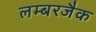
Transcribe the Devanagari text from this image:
लम्बरजैक